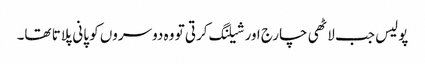
پولیس جب لاٹھی چارج اور شیلنگ کرتی تو وہ دوسروں کو پانی پلاتا تھا۔